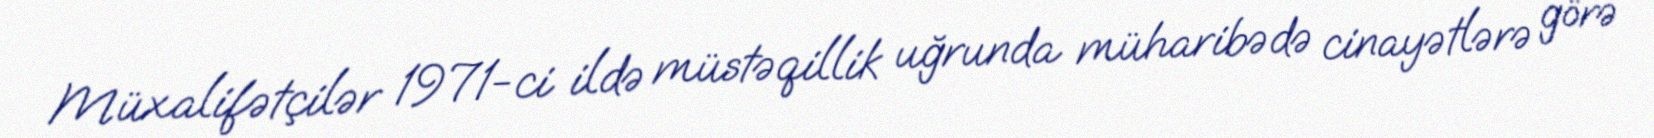
Müxalifətçilər 1971-ci ildə müstəqillik uğrunda müharibədə cinayətlərə görə